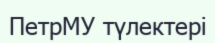
ПетрМУ түлектері